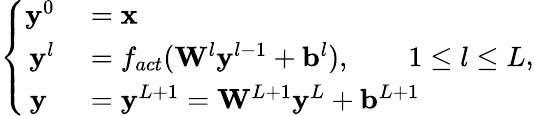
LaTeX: \left\{ \begin{array}{rl}{\mathbf{y}^{0}}&{{}=\mathbf{x}}\\ {\mathbf{y}^{l}}&{{}=f_{act}(\mathbf{W}^{l}\mathbf{y}^{l-1}+\mathbf{b}^{l}),\qquad 1\le l\le L}\\ {\mathbf{y}\; }&{{}=\mathbf{y}^{L+1}=\mathbf{W}^{L+1}\mathbf{y}^{L}+\mathbf{b}^{L+1}}\end{array}\right.,